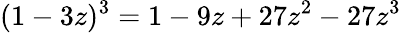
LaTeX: (1-3z)^{3}=1-9z+27z^{2}-27z^{3}